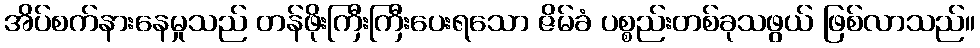
အိပ်စက်နားနေမှုသည် တန်ဖိုးကြီးကြီးပေးရသော ဇိမ်ခံ ပစ္စည်းတစ်ခုသဖွယ် ဖြစ်လာသည်။